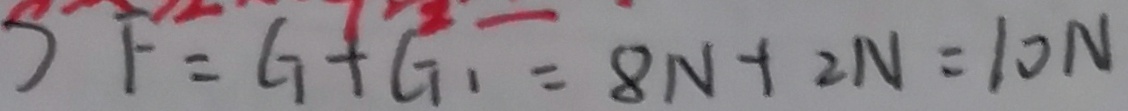
) F = G + G _ { 1 } = 8 N + 2 N = 1 0 N